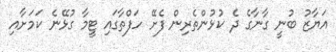
އަޔާޒު ބުނީ ގާނާގެ ދެ ކުޅުންތެރިން ފެށޭ ހަފްތާގައި ޓީމާ ގުޅޭނެ ކަމަށާއި